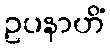
ဥပနာဟိံ